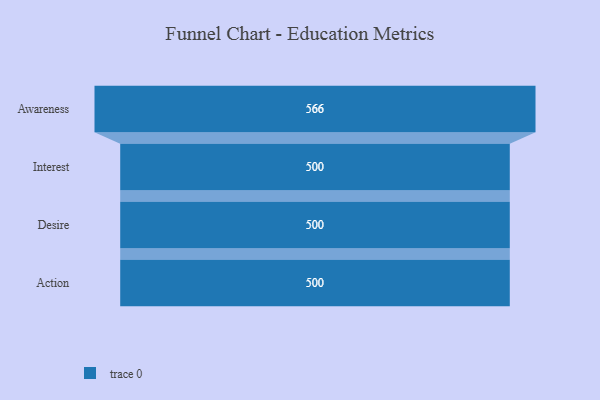
{"axis": {"x": "Stage", "y": "Value"}, "legend": [""], "data": [{"x": "Awareness", "y": 566.0, "type": ""}, {"x": "Interest", "y": 500, "type": ""}, {"x": "Desire", "y": 500, "type": ""}, {"x": "Action", "y": 500, "type": ""}]}